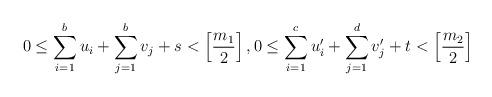
LaTeX: \begin{gather*} 0\leq \sum_{i=1}^b u_i+\sum_{j=1}^b v_j+s <\left[\frac{m_1}{2}\right], 0\leq \sum_{i=1}^c u'_i+\sum_{j=1}^d v'_j+t<\left[\frac{m_2}{2}\right] \end{gather*}